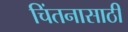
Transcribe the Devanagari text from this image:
चिंतनासाठी